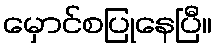
မှောင်စပြုနေပြီ။